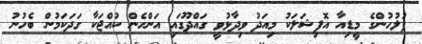
ފުލުހުންގެ މީޑިއާ އޮފިޝަލަކު މިއަދު ވިދާޅުވީ ގައްދޫގައި އަންހެން ކުއްޖަކާ ގަދަކަމުން ބެހުނު